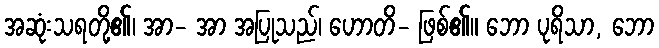
အဆုံးသရတို့၏၊ အာ- အာ အပြုသည်၊ ဟောတိ- ဖြစ်၏။ ဘော ပုရိသာ, ဘော